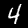
Label: 4